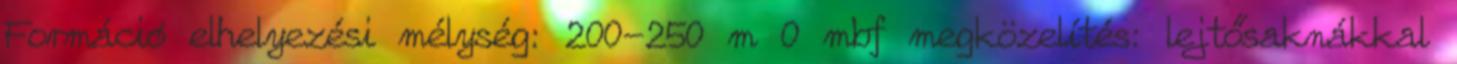
Formáció elhelyezési mélység: 200-250 m 0 mbf megközelítés: lejtősaknákkal